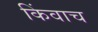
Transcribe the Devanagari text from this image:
किंवाच